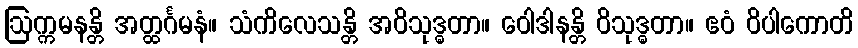
ဩက္ကမနန္တိ အတ္ထင်္ဂမနံ။ သံကိလေသန္တိ အဝိသုဒ္ဓတာ။ ဝေါဒါနန္တိ ဝိသုဒ္ဓတာ။ ဧဝံ ဝိပါကောတိ